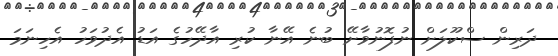
ދަރިން ސްކޫލަށް ނުފޮނުވާށޭ ބުނެ އޭނާ ކުރި އާދޭހުގެ އަޑު އެދުވަހު އެހިނަމަ